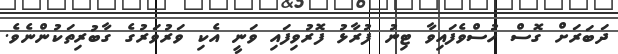
ދަބަރަށް ގޮސް ހުސްވެފައިވާ ޓިނު ފުރާޅު ފޮރުވިފައި ވަނީ އެކި ވަރުވަރުގެ ގާބުރިތަކުންނެވެ.